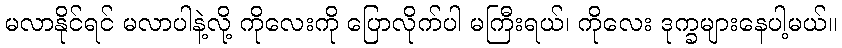
မလာနိုင်ရင် မလာပါနဲ့လို့ ကိုလေးကို ပြောလိုက်ပါ မကြီးရယ်၊ ကိုလေး ဒုက္ခများနေပါ့မယ်။